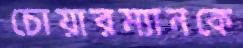
চোয়ারম্যানকে